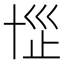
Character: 𰅷